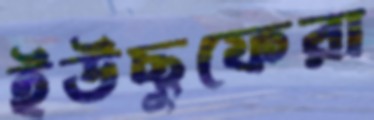
ইউছুফেরা